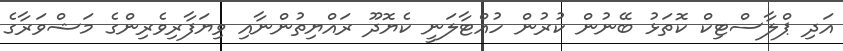
އަދި ޕްލާސްޓިކް ކޮތަޅު ބޭނުން ކުރުން ހުއްޓާލަނީ ކެޔޮދޫ ރައްޔިތުންނާއި ވިޔަފާރިވެރިންގެ މަޝްވަރާގެ